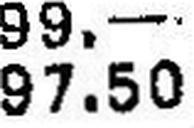
97.50